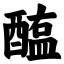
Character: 醢